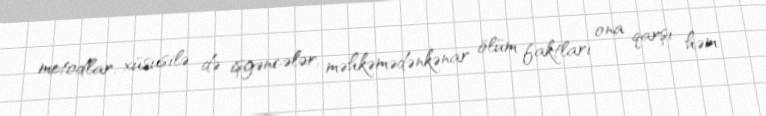
metodlar, xüsusilə də işgəncələr, məhkəmədənkənar ölüm faktları ona qarşı həm